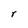
Character: r